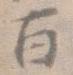
百